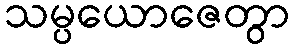
သမ္ပယောဇေတွာ